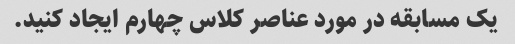
یک مسابقه در مورد عناصر کلاس چهارم ایجاد کنید.